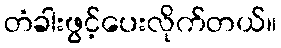
တံခါးဖွင့်ပေးလိုက်တယ်။